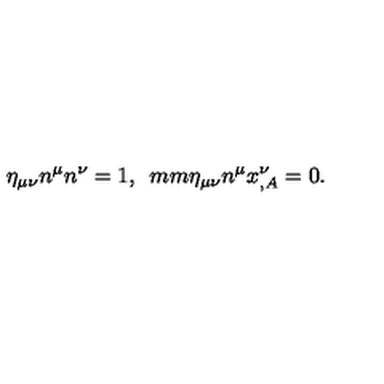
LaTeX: \eta _ { \mu \nu } n ^ { \mu } n ^ { \nu } = 1 , \hspace * { 5 m m } \eta _ { \mu \nu } n ^ { \mu } x _ { , A } ^ { \nu } = 0 .